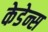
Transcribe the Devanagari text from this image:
केडेन्स